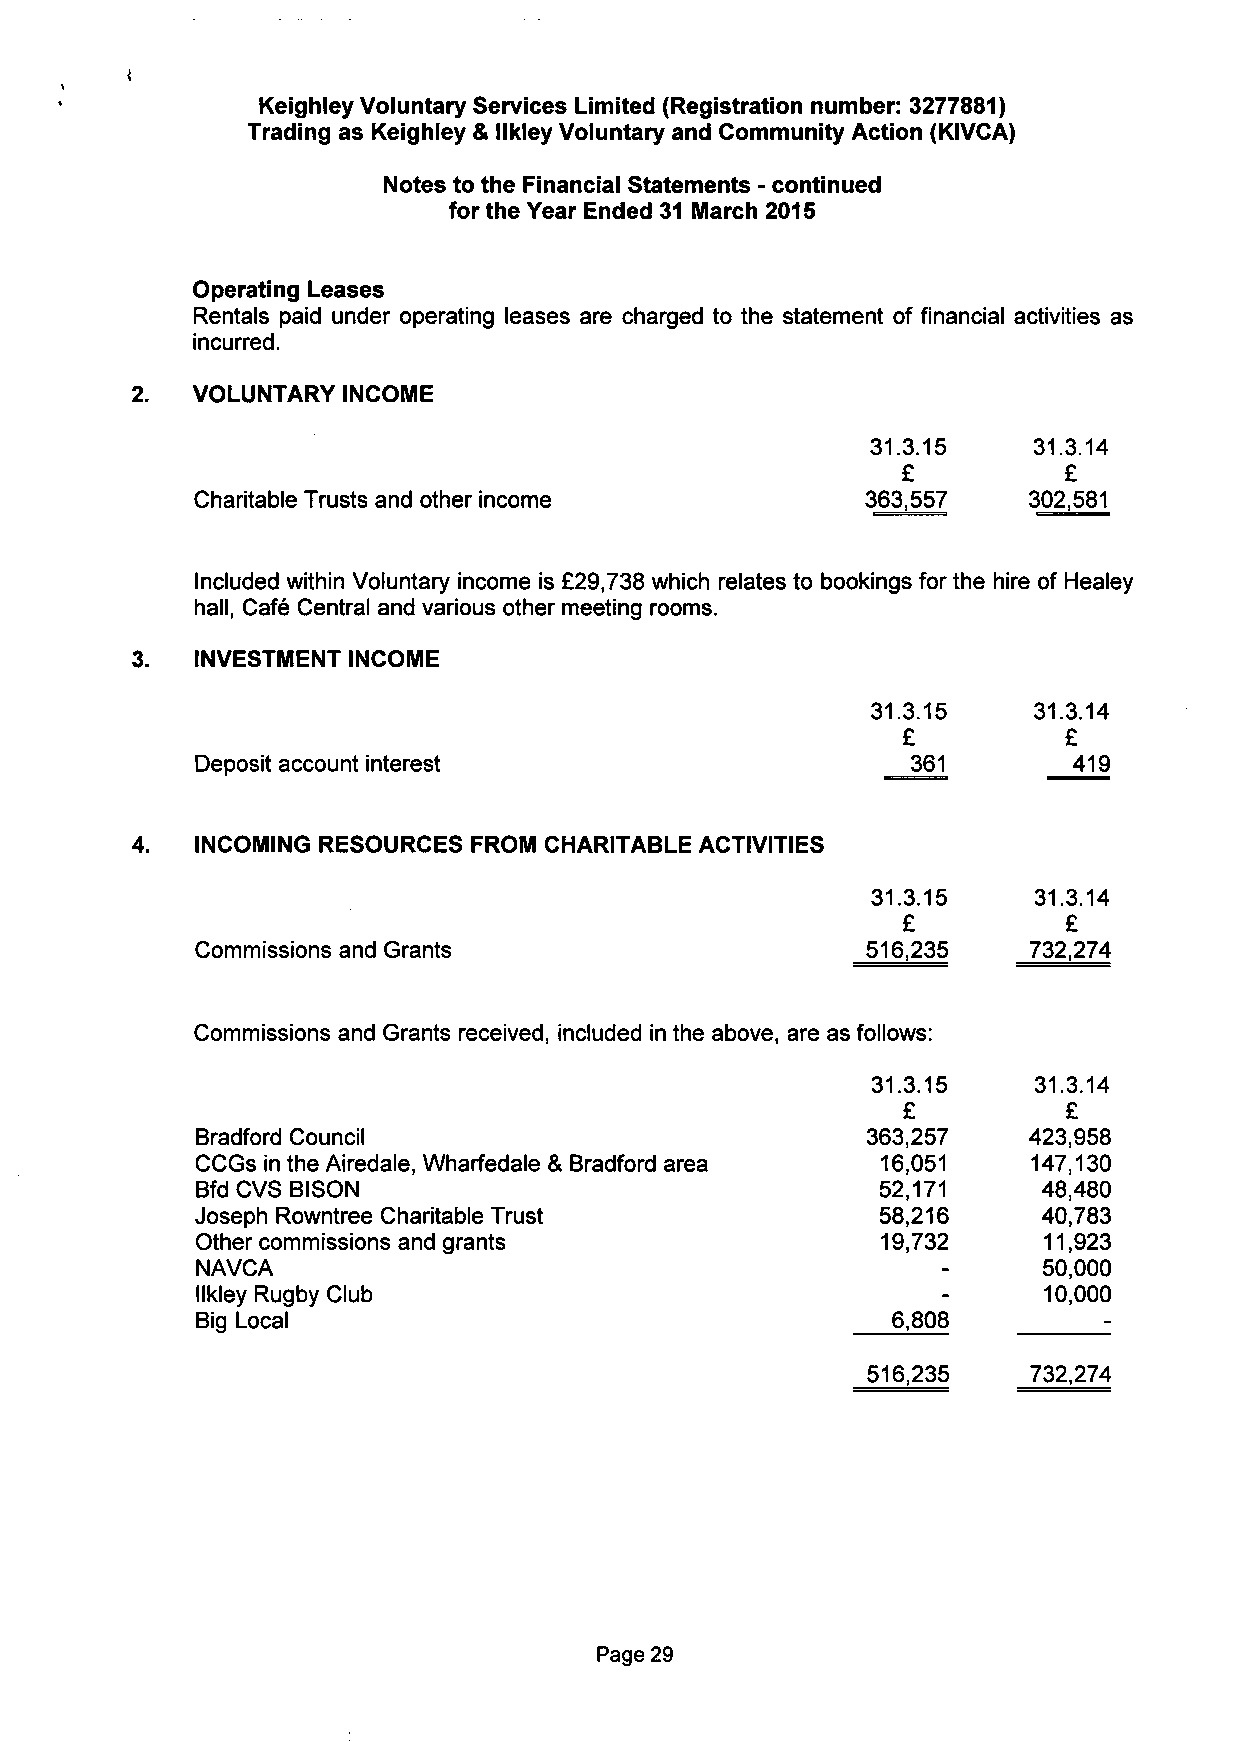
Keighley Voluntary Services Limited (Registration number: 3277881)
 Trading as Keighley & llkley Voluntary and Community Action (KIVCA)
 Notes to the Financial Statements - continued
 for the Year Ended 31 March 2015
 Operating Leases
 Rentals paid under operating leases are charged to the statement of financial activities as
 incurred.
 VOLUNTARY INCOME
 31.3.15   31.3.14
 £         £
 Charitable Trusts and other income          363,557    302,581
 Included within Voluntary income is £29,738 which relates to bookings for the hire of Healey
 hall, Cafe Central and various other meeting rooms.
 INVESTMENT INCOME
 31.3.15   31.3.14
 £         £
 Deposit account interest                       361        419
 INCOMING RESOURCES FROM CHARITABLE ACTIVITIES
 31.3.15    31.3.14
 £          £
 Commissions and Grants                      516,235    732,274
 Commissions and Grants received, included in the above, are as follows:
 31.3.15    31.3.14
 £          £
 Bradford Council                            363,257    423,958
 CCGs in the Airedale, Wharfedale & Bradford area 16,051 147,130
 Bfd CVS BISON                                52,171     48,480
 Joseph Rowntree Charitable Trust             58,216     40,783
 Other commissions and grants                 19,732     11,923
 NAVCA                                            -      50,000
 llkley Rugby Club                                -      10,000
 Big Local                                     6,808
 :
 516,235    732,274
 Page 29